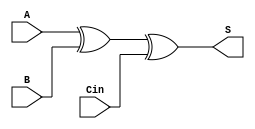
`timescale 1ns / 1ps

//1bit parallel subtractor

module fullbitt(
    input A,
    input B,
    input Cin,
    output S
    );

    assign S = A^B^Cin; //XOR logic

endmodule